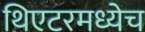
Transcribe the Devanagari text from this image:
थिएटरमध्येच